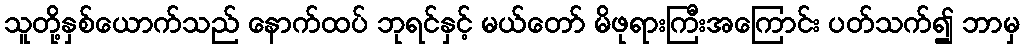
သူတို့နှစ်ယောက်သည် နောက်ထပ် ဘုရင်နှင့် မယ်တော် မိဖုရားကြီးအကြောင်း ပတ်သက်၍ ဘာမှ